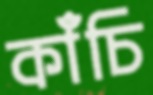
কাঁচি